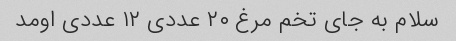
سلام به جای تخم مرغ ۲۰ عددی ۱۲ عددی اومد